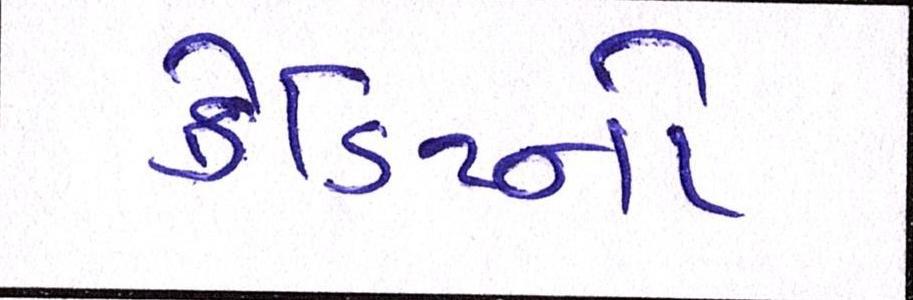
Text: ક્રેડિટનો